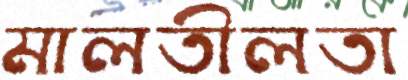
মালতীলতা